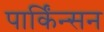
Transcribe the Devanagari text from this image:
पार्किंन्सन